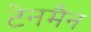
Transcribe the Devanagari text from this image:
टेनमैन